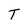
Character: T